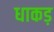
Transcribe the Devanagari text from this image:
धाकड़